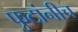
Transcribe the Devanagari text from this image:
फुटांनीच